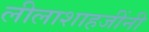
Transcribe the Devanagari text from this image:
लीलाशाहजींनी